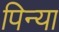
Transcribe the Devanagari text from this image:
पिन्या